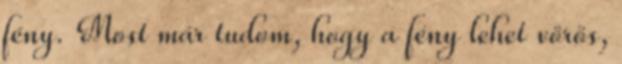
fény. Most már tudom, hogy a fény lehet vörös,